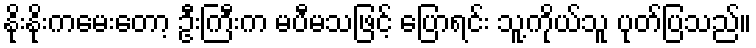
နိုးနိုးကမေးတော့ ဦးကြီးက မပီမသဖြင့် ပြောရင်း သူ့ကိုယ်သူ ပုတ်ပြသည်။